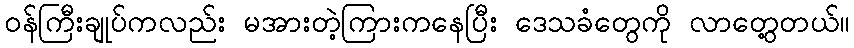
၀န်ကြီးချုပ်ကလည်း မအားတဲ့ကြားကနေပြီး ဒေသခံတွေကို လာတွေ့တယ်။